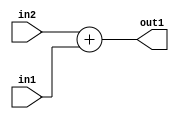
`timescale 1ps / 1ps
/*****************************************************************************
    Verilog RTL Description
    
    
    Created by: Stratus DpOpt 21.05.01 
*******************************************************************************/

module SobelFilter_Add_24Ux10U_24U_1 (
	in2,
	in1,
	out1
	); /* architecture "behavioural" */ 
input [23:0] in2;
input [9:0] in1;
output [23:0] out1;
wire [23:0] asc001;

assign asc001 = 
	+(in2)
	+(in1);

assign out1 = asc001;
endmodule

/* CADENCE  urnzSAk= : u9/ySxbfrwZIxEzHVQQV8Q== ** DO NOT EDIT THIS LINE ******/